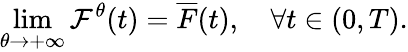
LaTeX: \underset{\theta\rightarrow+\infty}{\operatorname*{lim}}\mathcal{F}^{\theta}(t)=\overline{{F}}(t),\quad\forall t\in(0,T).